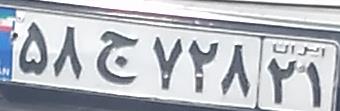
۵۸ج۷۲۸۲۱